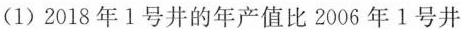
(1)2018年1号井的年产值比2006年1号井